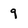
Character: 9